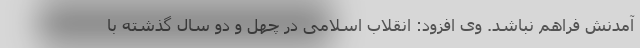
آمدنش فراهم نباشد. وی افزود: انقلاب اسلامی در چهل و دو سال گذشته با